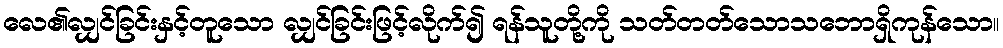
လေ၏လျှင်ခြင်းနှင့်တူသော လျှင်ခြင်းဖြင့်လိုက်၍ ရန်သူတို့ကို သတ်တတ်သောသဘောရှိကုန်သော။